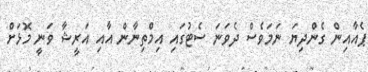
ޕެއާއިން ގެންދިޔަ ނަމަވެސް ދެވަނަ ސެޓުގައި އިމްތިނާން އާއި އަރީޝާ ވަނީ މޮޅަށް